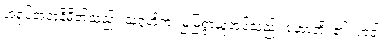
အရုပ်အတုနိမိတ်သည်။ သုဂ္ဂဟိတံ၊ မြဲမြံစွာယူအပ်သည်။ ဟောတိ၊ ၏။ ကဒါ၊